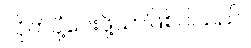
လိုက်ပို့ပေးဖို့သာဖြစ်ပါသည်။